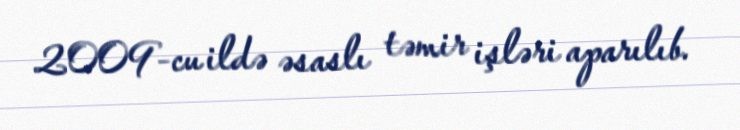
2009-cu ildə əsaslı təmir işləri aparılıb.